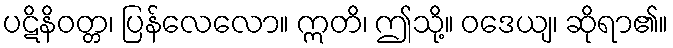
ပဋိနိဝတ္တ၊ ပြန်လေလော။ ဣတိ၊ ဤသို့။ ဝဒေယျ၊ ဆိုရာ၏။